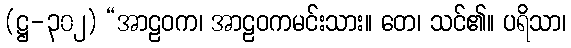
(ဋ္ဌ-၃၀၂) “အာဠဝက၊ အာဠဝကမင်းသား။ တေ၊ သင်၏။ ပရိသာ၊